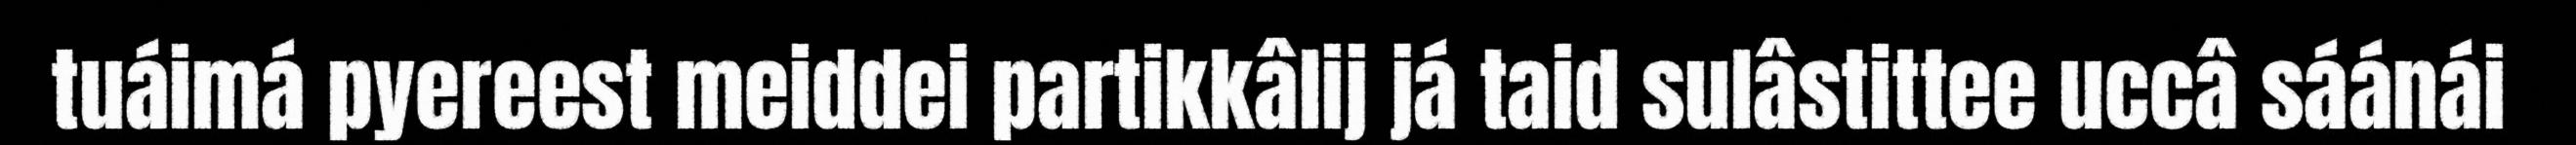
tuáimá pyereest meiddei partikkâlij já taid sulâstittee uccâ sáánái